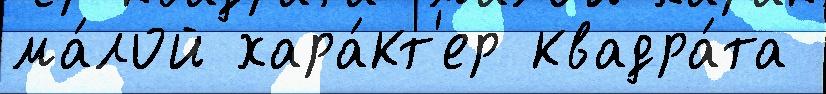
ма́лой хара́кт'ер квадра́та